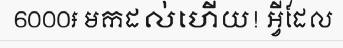
6000៛ មកដល់ហើយ! អ្វីដែល